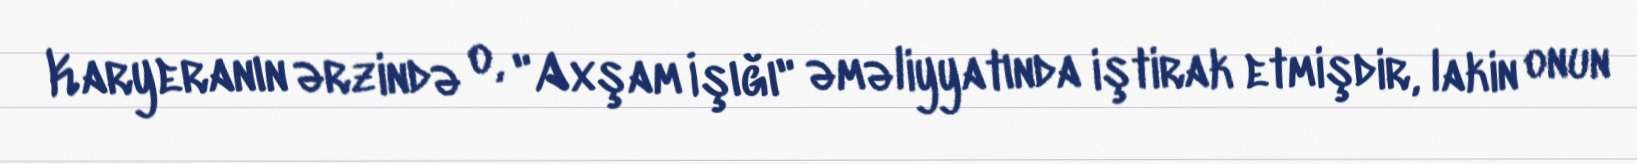
Karyeranın ərzində o, "Axşam İşığı" əməliyyatında iştirak etmişdir, lakin onun